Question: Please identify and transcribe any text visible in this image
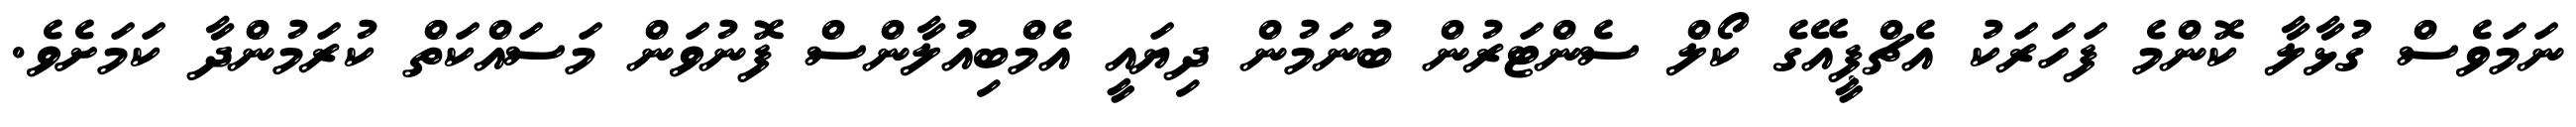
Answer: ނަމަވެސް ގުޅާލާ ކޮންމެ ފަހަރަކު އެޗްޕީއޭގެ ކޯލް ސެންޓަރުން ބުނަމުން ދިޔައީ އެމްބިއުލާންސް ފޮނުވަން މަސައްކަތް ކުރަމުންދާ ކަމަށެވެ.